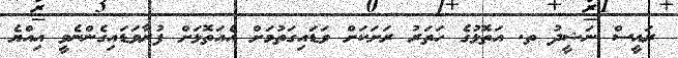
ރައީސް ނަޝީދު ތ. އަތޮޅުގެ ހަތަރު ރަށަކަށް ވަޑައިގަތުމަށް އެއަތޮޅަށް ފުރާވަޑައިގެންނެވީ އިއްޔެ